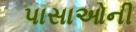
પાસાઓની